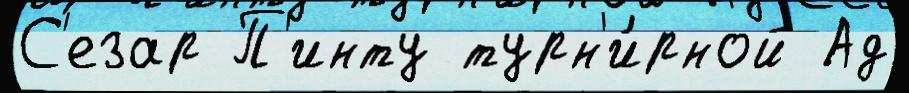
С'езар П'инту турн'и́рной Ад